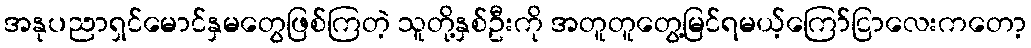
အနုပညာရှင်မောင်နှမတွေဖြစ်ကြတဲ့ သူတို့နှစ်ဦးကို အတူတူတွေ့မြင်ရမယ့်ကြော်ငြာလေးကတော့